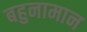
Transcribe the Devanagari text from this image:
बहुनामान